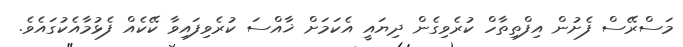
މަސްރޭސް ފެށުން އިފްތިތާހް ކުރެވިގެން ދިޔައީ އެކަމަށް ޚާއްސަ ކުރެވިފައިވާ ކޭކެއް ފެޅުމާއެކުގައެވެ.